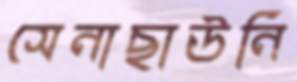
সেনাছাউনি